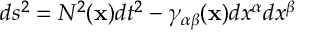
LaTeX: d s ^ { 2 } = N ^ { 2 } ( { \bf x } ) d t ^ { 2 } - \gamma _ { \alpha \beta } ( { \bf x } ) d x ^ { \alpha } d x ^ { \beta }